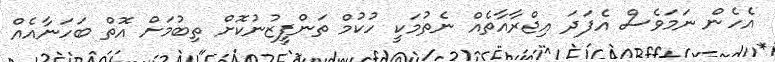
އެހެން ނަމަވެސް އެފަދަ އިޖްރާއާތެއް ނެތުމަކީ ހުކުމް ތަންފީޒުނުކޮށް ތިބުމަށް އޮތް ބަހަނާއެއް